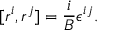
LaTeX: [ r ^ { i } , r ^ { j } ] = { \frac { i } { B } } \epsilon ^ { i j } .